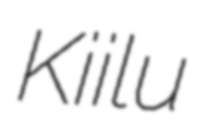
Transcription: Kiilu